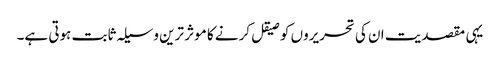
یہی مقصدیت ان کی تحریروں کو صیقل کرنے کا موثر ترین وسیلہ ثابت ہوتی ہے۔